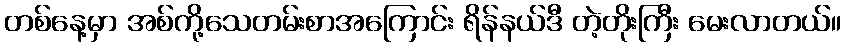
တစ်နေ့မှာ အစ်ကို့သေတမ်းစာအကြောင်း ရိန်နယ်ဒီ တဲ့တိုးကြီး မေးလာတယ်။